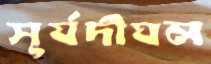
সূর্যদীঘল